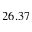
2 6 . 3 7